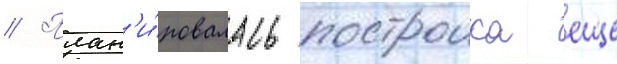
// План'и́ровалась построика еще